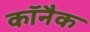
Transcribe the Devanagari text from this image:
कॉनैक